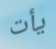
يأت